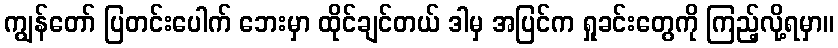
ကျွန်တော် ပြတင်းပေါက် ဘေးမှာ ထိုင်ချင်တယ် ဒါမှ အပြင်က ရှုခင်းတွေကို ကြည့်လို့ရမှာ။